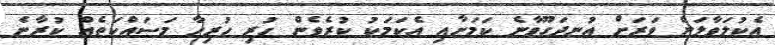
އެކުލަވާލަން ވަރަށް އުނދަގޫވާނެ ކަމަށާއި އެކަމަކު ކުރެވެން ހުރި ހުރިހާ މަސައްކަތެއް ކުރާނެ